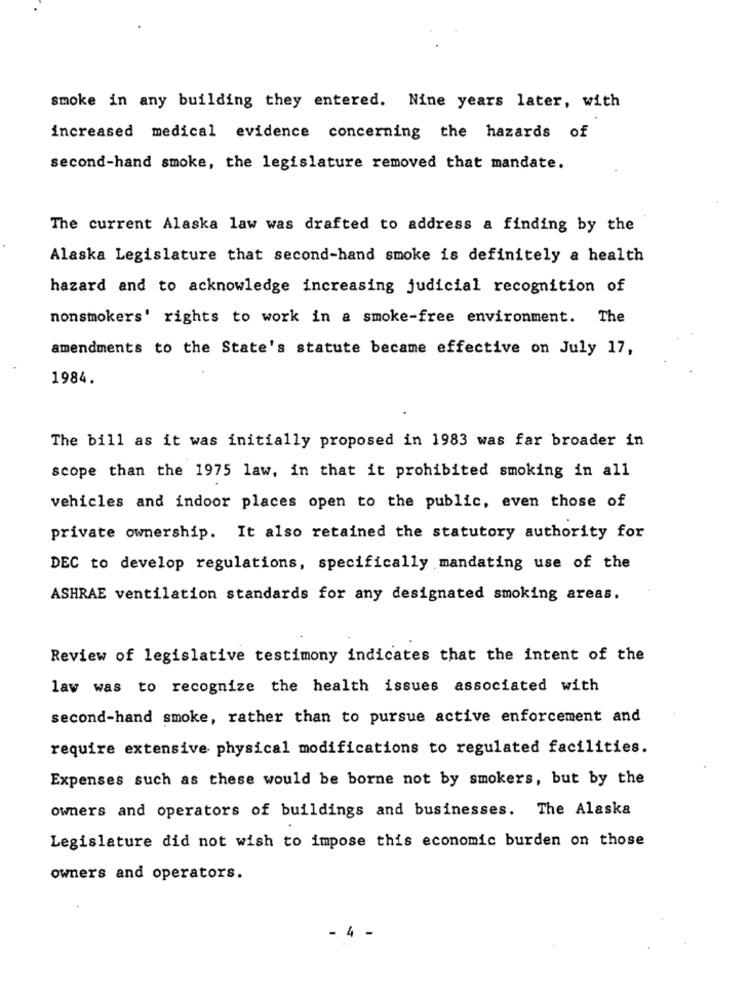
smoke in any building they entered. Nine years later, with
increased medical evidence concerning the hazards of
second-hand smoke, the legislature removed that mandate.
The current Alaska law was drafted to address a finding by the
Alaska Legislature that second-hand smoke is definitely a health
hazard and to acknowledge increasing judicial recognition of
nonsmokers' rights to work in a smoke-free environment. The
amendments to the State's statute became effective on July 17,
1984.
The bill as it was initially proposed in 1983 was far broader in
scope than the 1975 law, in that it prohibited smoking in all
vehicles and indoor places open to the public, even those of
private ownership. It also retained the statutory authority for
DEC to develop regulations, specifically mandating use of the
ASHRAE ventilation standards for any designated smoking areas.
Review of legislative testimony indicates that the intent of the
law was to recognize the health issues associated with
second-hand smoke, rather than to pursue active enforcement and
require extensive physical modifications to regulated facilities.
Expenses such as these would be borne not by smokers, but by the
owners and operators of buildings and businesses. The Alaska
Legislature did not wish to impose this economic burden on those
owners and operators.
- 4 -